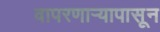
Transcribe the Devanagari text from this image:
वापरणार्‍यापासून